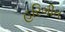
હરિગીત